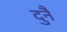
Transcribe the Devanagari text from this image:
दुनै